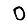
Digit: 0